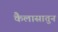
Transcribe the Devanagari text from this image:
कैलासातुन